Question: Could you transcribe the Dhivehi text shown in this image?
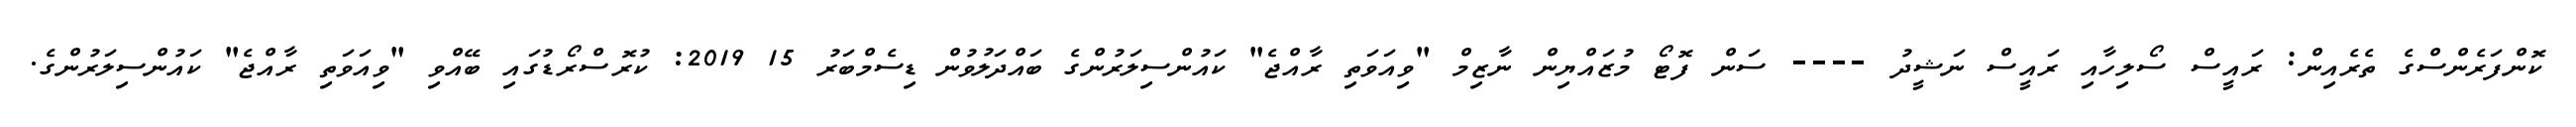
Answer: ކޮންފަރެންސްގެ ތެރެއިން: ރައީސް ސޯލިހާއި ރައީސް ނަޝީދު ---- ސަން ފޮޓޯ މުޒައްޔިން ނާޒިމް "ވިއަވަތި ރާއްޖެ" ކައުންސިލަރުންގެ ބައްދަލުވުން ޑިސެމްބަރު 15 2019: ކުރޮސްރޯޑުގައި ބޭއްވި "ވިއަވަތި ރާއްޖެ" ކައުންސިލަރުންގެ.